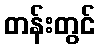
တန်းတွင်